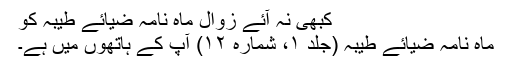
کبھی نہ آئے زوال ماہ نامہ ضیائے طیبہ کو
ماہ نامہ ضیائے طیبہ (جلد ۱، شمارہ ۱۲) آپ کے ہاتھوں میں ہے۔